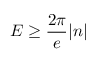
E \geq \frac { 2 \pi } { e } \vert n \vert